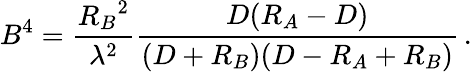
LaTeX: B^{4}={\frac{{R_{B}}^{2}}{\lambda^{2}}}{\frac{D(R_{A}-D)}{(D+R_{B})(D-R_{A}+R_{B})}}\, .